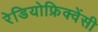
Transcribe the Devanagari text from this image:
रेडियोफ्रिक्वेंसी